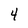
Character: 4